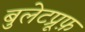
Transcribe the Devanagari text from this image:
बुलेटप्रूफ़